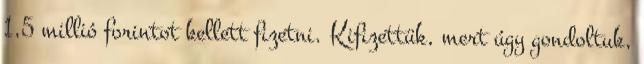
1,5 millió forintot kellett fizetni. Kifizettük, mert úgy gondoltuk,